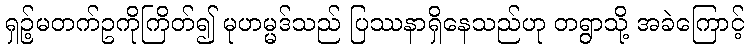
ရှဉ့်မတက်ဥကိုကြိတ်၍ မုဟမ္မဒ်သည် ပြဿနာရှိနေသည်ဟု တရွာသို့ အခဲကြောင့်